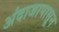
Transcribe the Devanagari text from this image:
अंदाजापासून